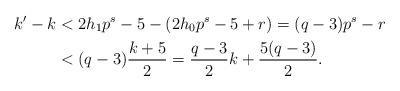
LaTeX: \begin{align*} k'-k&<2h_1p^s-5-(2h_0p^s-5+r)=(q-3)p^s-r\\ &<(q-3)\frac{k+5}{2}=\frac{q-3}{2}k+\frac{5(q-3)}{2}. \end{align*}